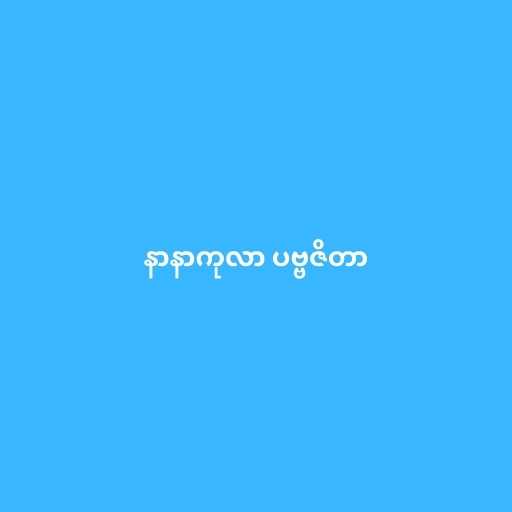
နာနာကုလာ ပဗ္ဗဇိတာ